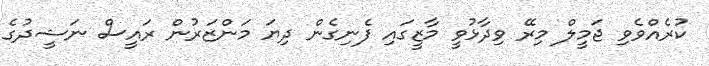
ކުރެއްވެވި ޖަމީލް މިރޭ ވިދާޅުވީ މާޒީގައި ފެނިގެން ދިޔަ މަންޒަރުން ރައީސް ނަޝީދުގެ